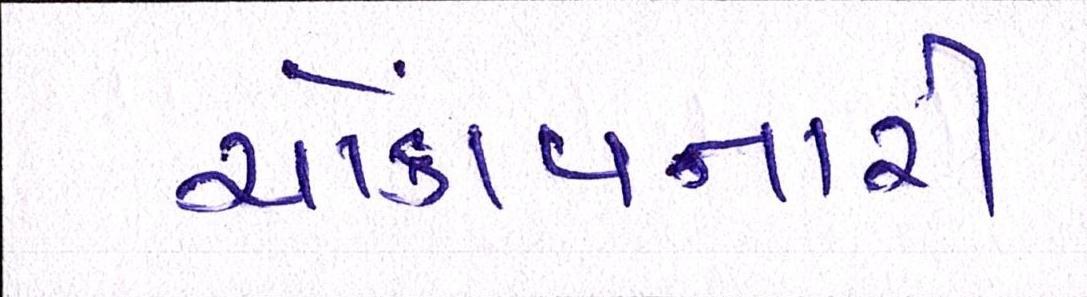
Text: ચોંકાવનારી